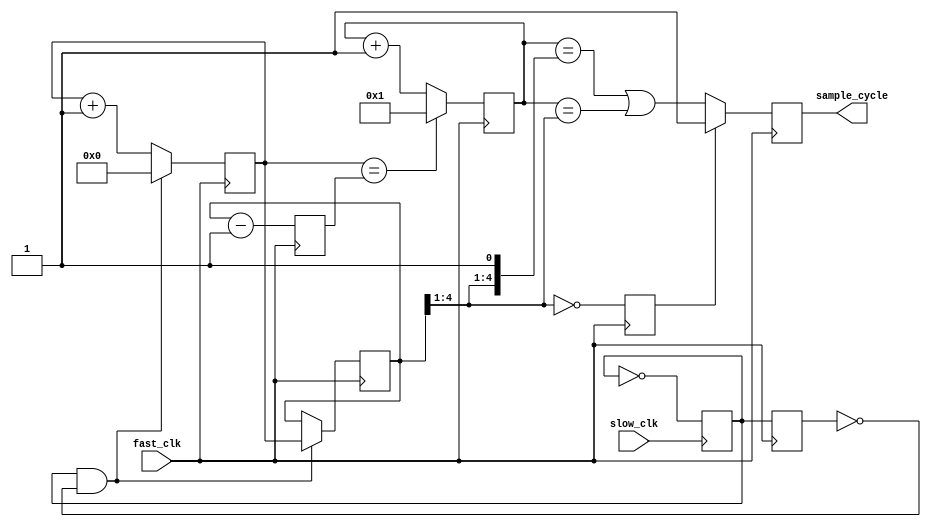
//-----------------------------------------------------------------------------
//-- (c) Copyright 2006 - 2009 Xilinx, Inc. All rights reserved.
//--
//-- This file contains confidential and proprietary information
//-- of Xilinx, Inc. and is protected under U.S. and
//-- international copyright and other intellectual property
//-- laws.
//--
//-- DISCLAIMER
//-- This disclaimer is not a license and does not grant any
//-- rights to the materials distributed herewith. Except as
//-- otherwise provided in a valid license issued to you by
//-- Xilinx, and to the maximum extent permitted by applicable
//-- law: (1) THESE MATERIALS ARE MADE AVAILABLE "AS IS" AND
//-- WITH ALL FAULTS, AND XILINX HEREBY DISCLAIMS ALL WARRANTIES
//-- AND CONDITIONS, EXPRESS, IMPLIED, OR STATUTORY, INCLUDING
//-- BUT NOT LIMITED TO WARRANTIES OF MERCHANTABILITY, NON-
//-- INFRINGEMENT, OR FITNESS FOR ANY PARTICULAR PURPOSE; and
//-- (2) Xilinx shall not be liable (whether in contract or tort,
//-- including negligence, or under any other theory of
//-- liability) for any loss or damage of any kind or nature
//-- related to, arising under or in connection with these
//-- materials, including for any direct, or any indirect,
//-- special, incidental, or consequential loss or damage
//-- (including loss of data, profits, goodwill, or any type of
//-- loss or damage suffered as a result of any action brought
//-- by a third party) even if such damage or loss was
//-- reasonably foreseeable or Xilinx had been advised of the
//-- possibility of the same.
//--
//-- CRITICAL APPLICATIONS
//-- Xilinx products are not designed or intended to be fail-
//-- safe, or for use in any application requiring fail-safe
//-- performance, such as life-support or safety devices or
//-- systems, Class III medical devices, nuclear facilities,
//-- applications related to the deployment of airbags, or any
//-- other applications that could lead to death, personal
//-- injury, or severe property or environmental damage
//-- (individually and collectively, "Critical
//-- Applications"). Customer assumes the sole risk and
//-- liability of any use of Xilinx products in Critical
//-- Applications, subject only to applicable laws and
//-- regulations governing limitations on product liability.
//--
//-- THIS COPYRIGHT NOTICE AND DISCLAIMER MUST BE RETAINED AS
//-- PART OF THIS FILE AT ALL TIMES.
//-----------------------------------------------------------------------------
// mpmc_sample_cycle.v - Clock Ratio and Phase detection Logic
//-------------------------------------------------------------------------
// Description:
//       This sample cycle generator counts the number of clock edges
//       of the fast_clk in two slow_clk cycles and uses half of that as
//       the slow_clk/fast_clk ratio to generate the slow_clk sample cycle
//       signal in the next two slow_clk cycles. This scheme is used mainly to
//       provide a robust mechanism to accomocate for a 1:1 ratio between
//       slow_clk and fast_clks. The sample cycle signal is aligned to the
//       rising edge of the fast clock and is asserted for 1 fast_clk in the
//       cycle prior to the rising edge of slow_clk.            
//
// Verilog-standard:  Verilog 2001
//-------------------------------------------------------------------------
// History:
//  KD        01/10/2007      - Initial Version
//  JL        02/23/2007      - Added option to replicate output.
//
//-------------------------------------------------------------------------

`timescale 1ns/1ns

module mpmc_sample_cycle (
  sample_cycle,
  fast_clk, 
  slow_clk
  );

  parameter C_OUTPUT_WIDTH = 1;
   
  output [C_OUTPUT_WIDTH-1:0] sample_cycle;
  input                       fast_clk;
  input                       slow_clk;

  wire                      clear_count;
  wire                      clear_count_p1;
  reg  [0:4]                new_count;
  reg  [0:4]                count;
  reg  [0:4]                ratio;
  reg  [0:4]                ratio_minus1;
  reg                       slow_clk_div2 = 0; // slow_clk_div2 = half freq. of slow_clk Clock
  reg                       slow_clk_div2_del;
  reg  [C_OUTPUT_WIDTH-1:0] sample_cycle;
  // synthesis attribute equivalent_register_removal of sample_cycle is "no"
  reg                       clk_1_to_1;
   
  always @(posedge slow_clk )
    #1 slow_clk_div2 <= ~slow_clk_div2; // #1 is for simulation, build a toggle FF in
                                        // slow_clk. This creates a half frequency signal.

  always @(posedge fast_clk)
    slow_clk_div2_del <= slow_clk_div2; // align slow clocked toggle signal into fast clk.

  // Detect the rising edge of the slow_clk_div2 to clear the slow_clk sample counter.
  assign clear_count = slow_clk_div2 & ~slow_clk_div2_del;

  always @(posedge fast_clk)
    if (clear_count) count <= 5'b00000;
    else count <= count + 1;
 
  always @(posedge fast_clk)
    if (clear_count) ratio <= count;

  // Create a new counter that runs earlier than above counter.
  // This counter runs ahead to find the cycle just before
  // the slow clock's rising edge transitions

  always @(posedge fast_clk)
    ratio_minus1 <= (ratio - 1);

  assign clear_count_p1 = (count[0:4] == ratio_minus1);

  always @(posedge fast_clk)
    if (clear_count_p1)
      new_count <= 5'b00001;
    else       
      new_count <= new_count + 1'b1 ;

  always @(posedge fast_clk)
    clk_1_to_1 <= (ratio[0:3] == 4'b0000);

  // Generate sample_cycle signal and drive from the output of a FF for better timing.
  // implement sample_cycle as a Flip Flop with Set input

  genvar i;
  generate
     for (i=0;i<C_OUTPUT_WIDTH;i=i+1)
       begin : gen_sample_cycle
          always @(posedge fast_clk)
            if (clk_1_to_1) sample_cycle[i] <= 1'b1;                       // 1:1 slow_clk/fast_clk ratios
            else sample_cycle[i] <= ((new_count == {ratio[0:3], 1'b1}) ||  // Second slow_clk cycle in the pair
                                  (new_count == {1'b0, ratio[0:3]}));   // First slow_clk cycle in the pair
       end
  endgenerate
endmodule